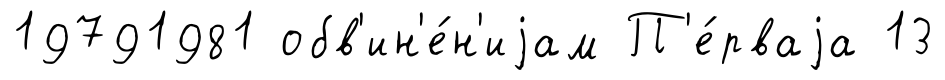
19791981 обв'ин'е́н'иjам П'е́рваjа 13